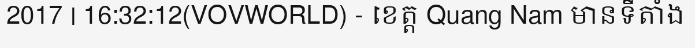
2017 | 16:32:12(VOVWORLD) - ខេត្ត Quang Nam មានទីតាំង